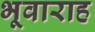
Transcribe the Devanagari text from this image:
भूवाराह